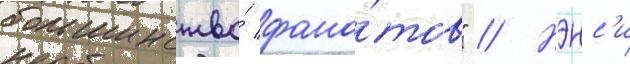
большинство́ фана́тов" // Нэнс'и